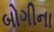
બોગીના